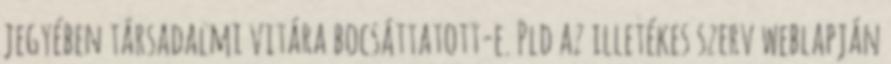
jegyében társadalmi vitára bocsáttatott-e. Pld az illetékes szerv weblapján